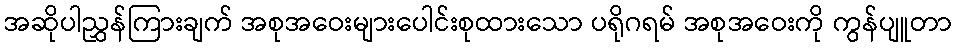
အဆိုပါညွှန်ကြားချက် အစုအဝေးများပေါင်းစုထားသော ပရိုဂရမ် အစုအဝေးကို ကွန်ပျူတာ